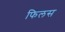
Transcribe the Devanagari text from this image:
फिलस